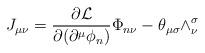
LaTeX: \begin{align*}J_{\mu\nu} =\frac{\partial{\cal L}}{\partial(\partial^{\mu}\phi_{n})}\Phi_{n\nu}- \theta_{\mu\sigma}\wedge^{\sigma}_{\nu}\end{align*}